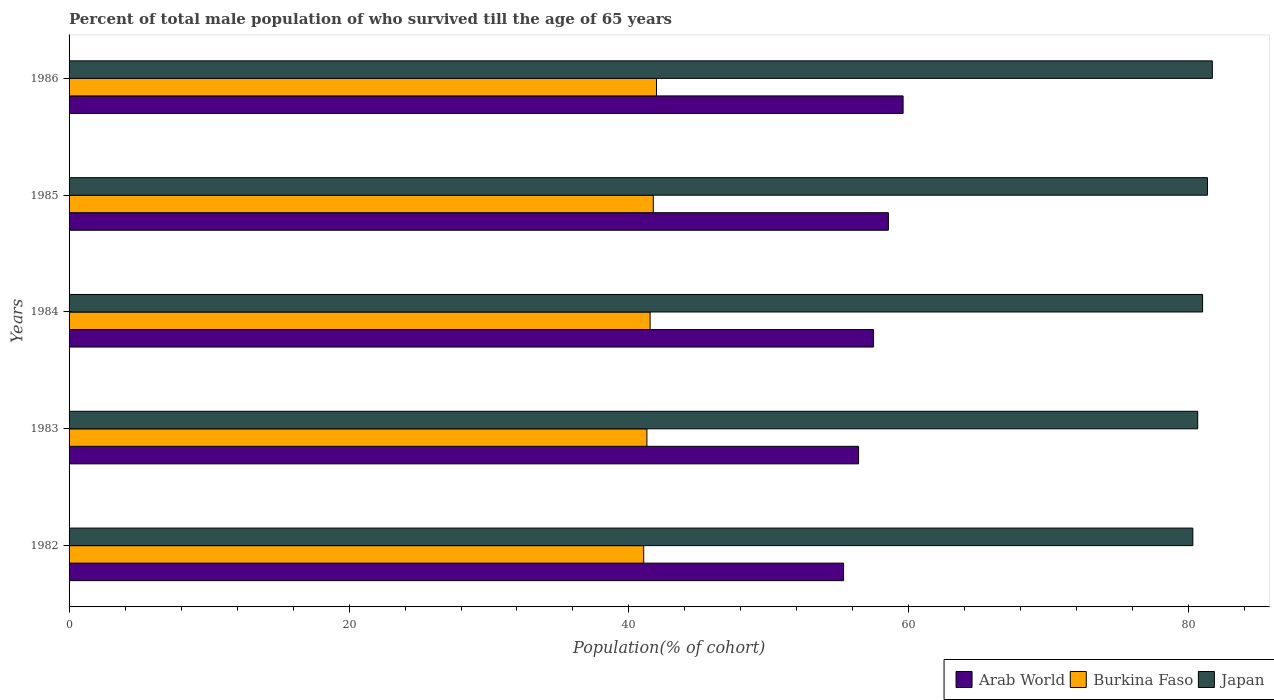
| Years | Arab World | Burkina Faso | Japan |
 | --- | --- | --- | --- |
 | 1982 | 55.3 | 41.1 | 80.3 |
 | 1983 | 56.4 | 41.3 | 80.6 |
 | 1984 | 57.5 | 41.5 | 81 |
 | 1985 | 58.5 | 41.7 | 81.3 |
 | 1986 | 59.6 | 42 | 81.7 |